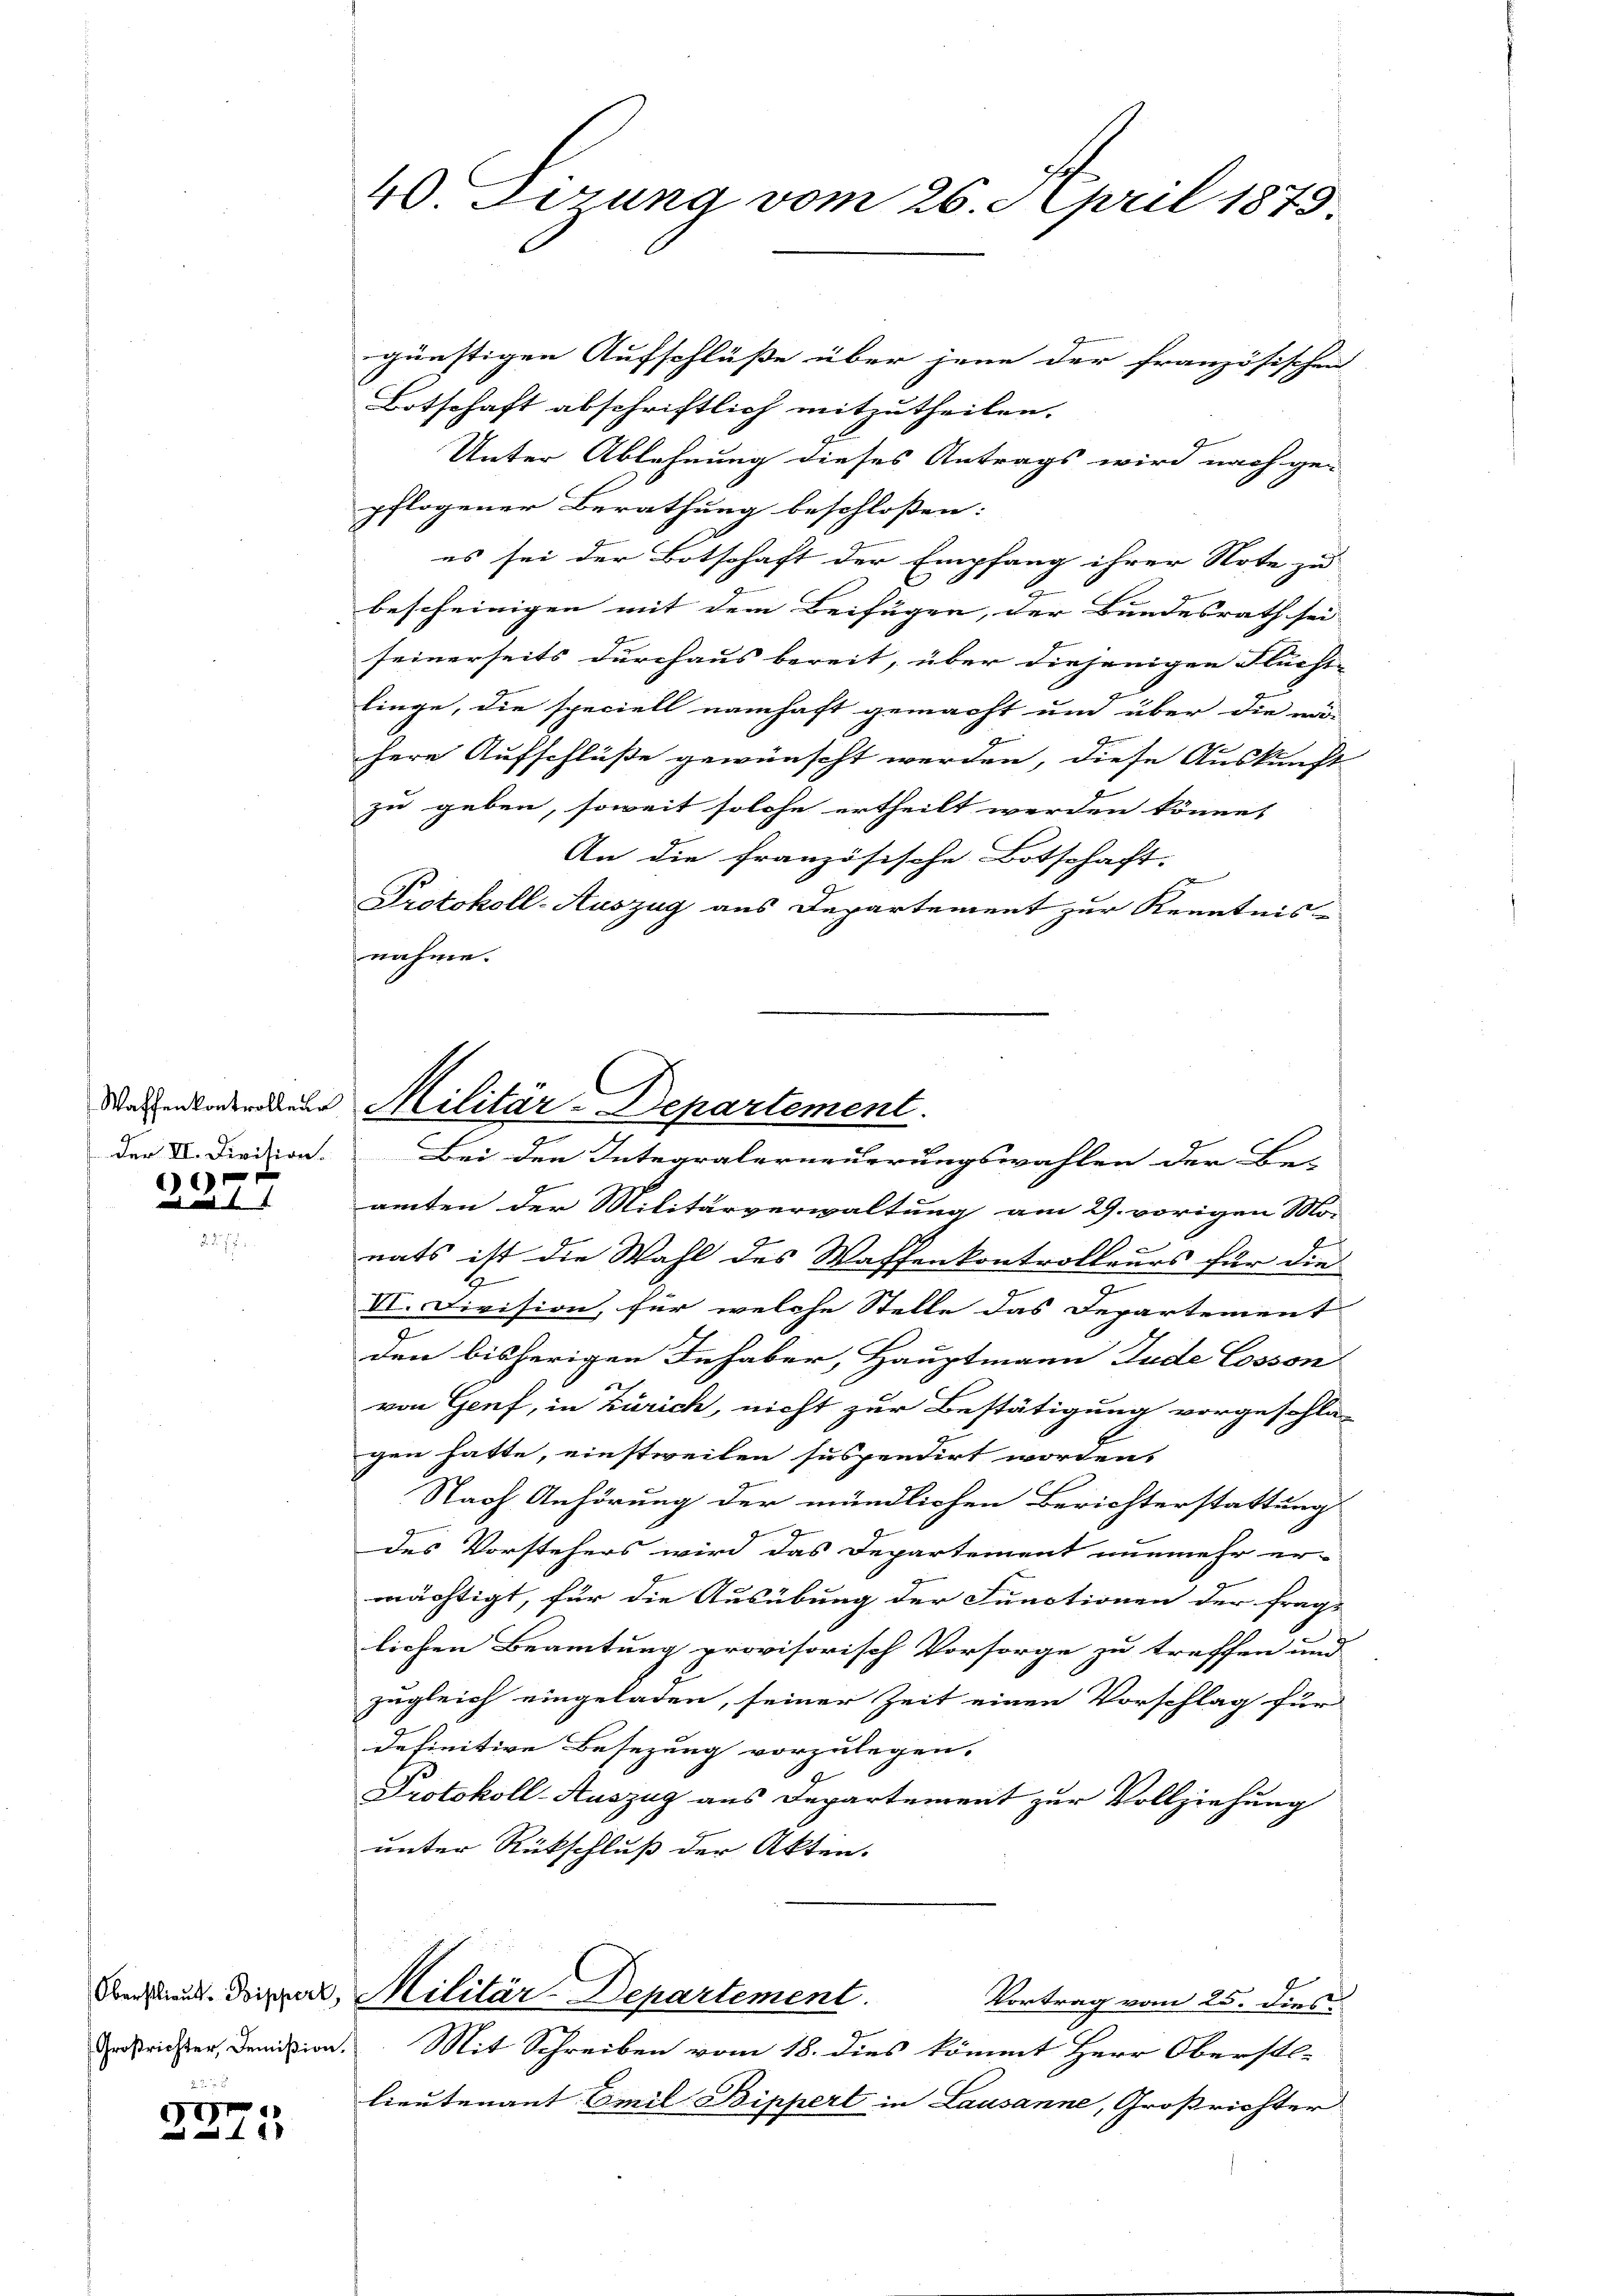
c

Oberstlieut. Pippert
Großrichter, Demißion.

5
xx

40 Firung vom 26. April 1873.

Wasenladenden Militär-Departement

günstigen Aufschlüße über jene der französischen
Botschaft abschriftlich mitzutheilen.
Unter Ablehnung dieses Antrags wird nach ge-
pflogener Berathung beschloßen:
es sei der Botschaft der Empfang ihrer Note zu
2
bescheinigen mit dem Beifügen, der Bundesrath sei-
seinerseits durchaus bereit, über diejenigen Fluchtlinge, die speciell namhaft gemacht und über die ma-
.
here Aufschlüße gewünscht werden, diese Auskunft
zu geben, soweit solche ertheilt werden könnet
An die französische Botschaft. |
Protokoll-Auszug aus Departement zur Kenntnis-
nahme.
der V. Division. Bei den Integralerneuerungswahlen der Be-
amten der Militärverwaltung am 29. vorigen Mo-
e
nats ist die Wahl des Waffenkontrolleurs für die
G
VI. Division, für welche Stelle das Departement
den bisherigen Inhaber, Hauptmann Jude Cosson
von Genf, in Zürich, nicht zur Bestätigung vorgeschla-
gen hatte, einstweilen suspendirt worden,
Staof Anhörung der mündlichen Berichterstattung
.
des Vorstehers wird das Departement nunmehr er-
mächtigt, für die Ausübung der Functionen der Frage
lichen Beamtung provisorisch Vorsorge zu treffen und
zugleich eingeladen, seiner Zeit einen Vorschlag für
definitive Besezung vorzulegen.
Protokoll-Auszug aus Departement zur Vollziehung
unter Rückschluß der Akten.
Militär-Departement.
Vortrag vom 25. Dies
Mit Schreiben vom 18. dies kömmt Herr Oberstl.
lieutenant Emil Bippert in Lausanne, Großrichter